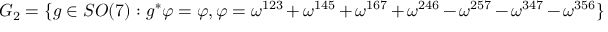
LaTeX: G _ { 2 } = \{ g \in S O ( 7 ) : g ^ { * } \varphi = \varphi , \varphi = \omega ^ { 1 2 3 } + \omega ^ { 1 4 5 } + \omega ^ { 1 6 7 } + \omega ^ { 2 4 6 } - \omega ^ { 2 5 7 } - \omega ^ { 3 4 7 } - \omega ^ { 3 5 6 } \}